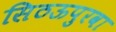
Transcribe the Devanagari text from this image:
सिठऊपुरवा